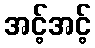
အင့်အင့်